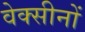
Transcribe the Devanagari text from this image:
वेक्सीनों